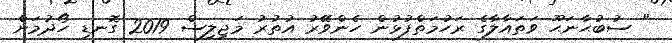
" ސުބުޙާނަޙޫ ވަތައާލާގެ ރަހުމަތްފުޅުން ހެންވޭރު އުތުރު މަޖިލިސް 2019 ގޮނޑި ހޯދުމަށް